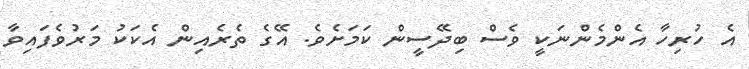
އެ ހުރިހާ އެންމެންނަކީ ވެސް ބިދޭސީން ކަމަށެވެ. އޭގެ ތެރެއިން އެކަކު މަރުވެފައިވާ